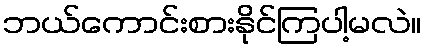
ဘယ်ကောင်းစားနိုင်ကြပါ့မလဲ။